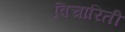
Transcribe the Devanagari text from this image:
विचारिती